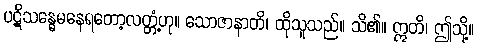
ပဋိသန္ဓေမနေရတော့လတ္တံ့ဟု။ သောဇာနာတိ၊ ထိုသူသည်။ သိ၏။ ဣတိ၊ ဤသို့။